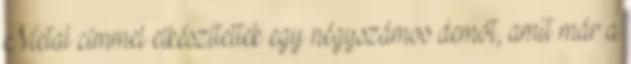
Metal címmel elkészítettek egy négyszámos demót, amit már a